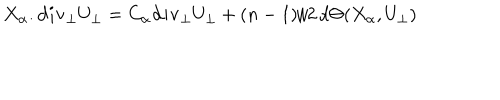
X _ { \alpha } . { \bf d i v _ { \perp } } U _ { \perp } = C _ { \alpha } { \bf d i v _ { \perp } } U _ { \perp } + ( n - 1 ) / 2 \, d \Theta ( X _ { \alpha } , U _ { \perp } )